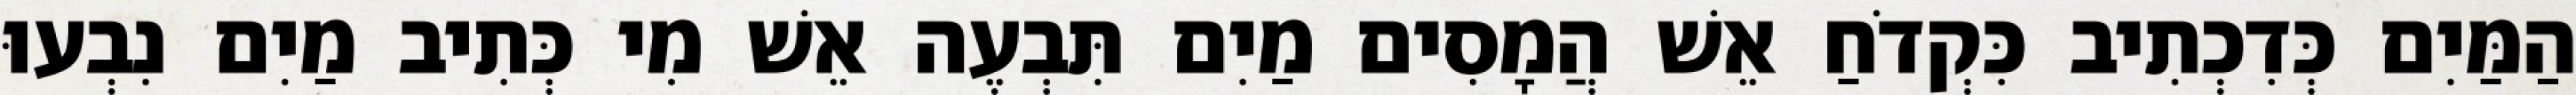
הַמַּיִם כְּדִכְתִיב כִּקְדֹחַ אֵשׁ הֲמָסִים מַיִם תִּבְעֶה אֵשׁ מִי כְּתִיב מַיִם נִבְעוּ